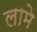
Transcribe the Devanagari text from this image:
लामे